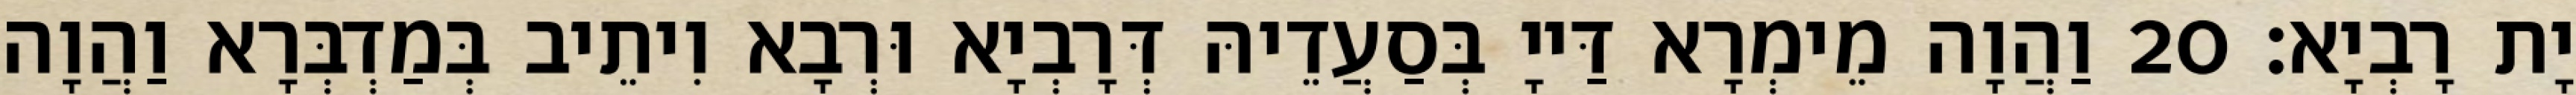
יָת רָבְיָא׃ 20 וַהֲוָה מֵימְרָא דַּייָ בְּסַעֲדֵיהּ דְּרָבְיָא וּרְבָא וִיתֵיב בְּמַדְבְּרָא וַהֲוָה